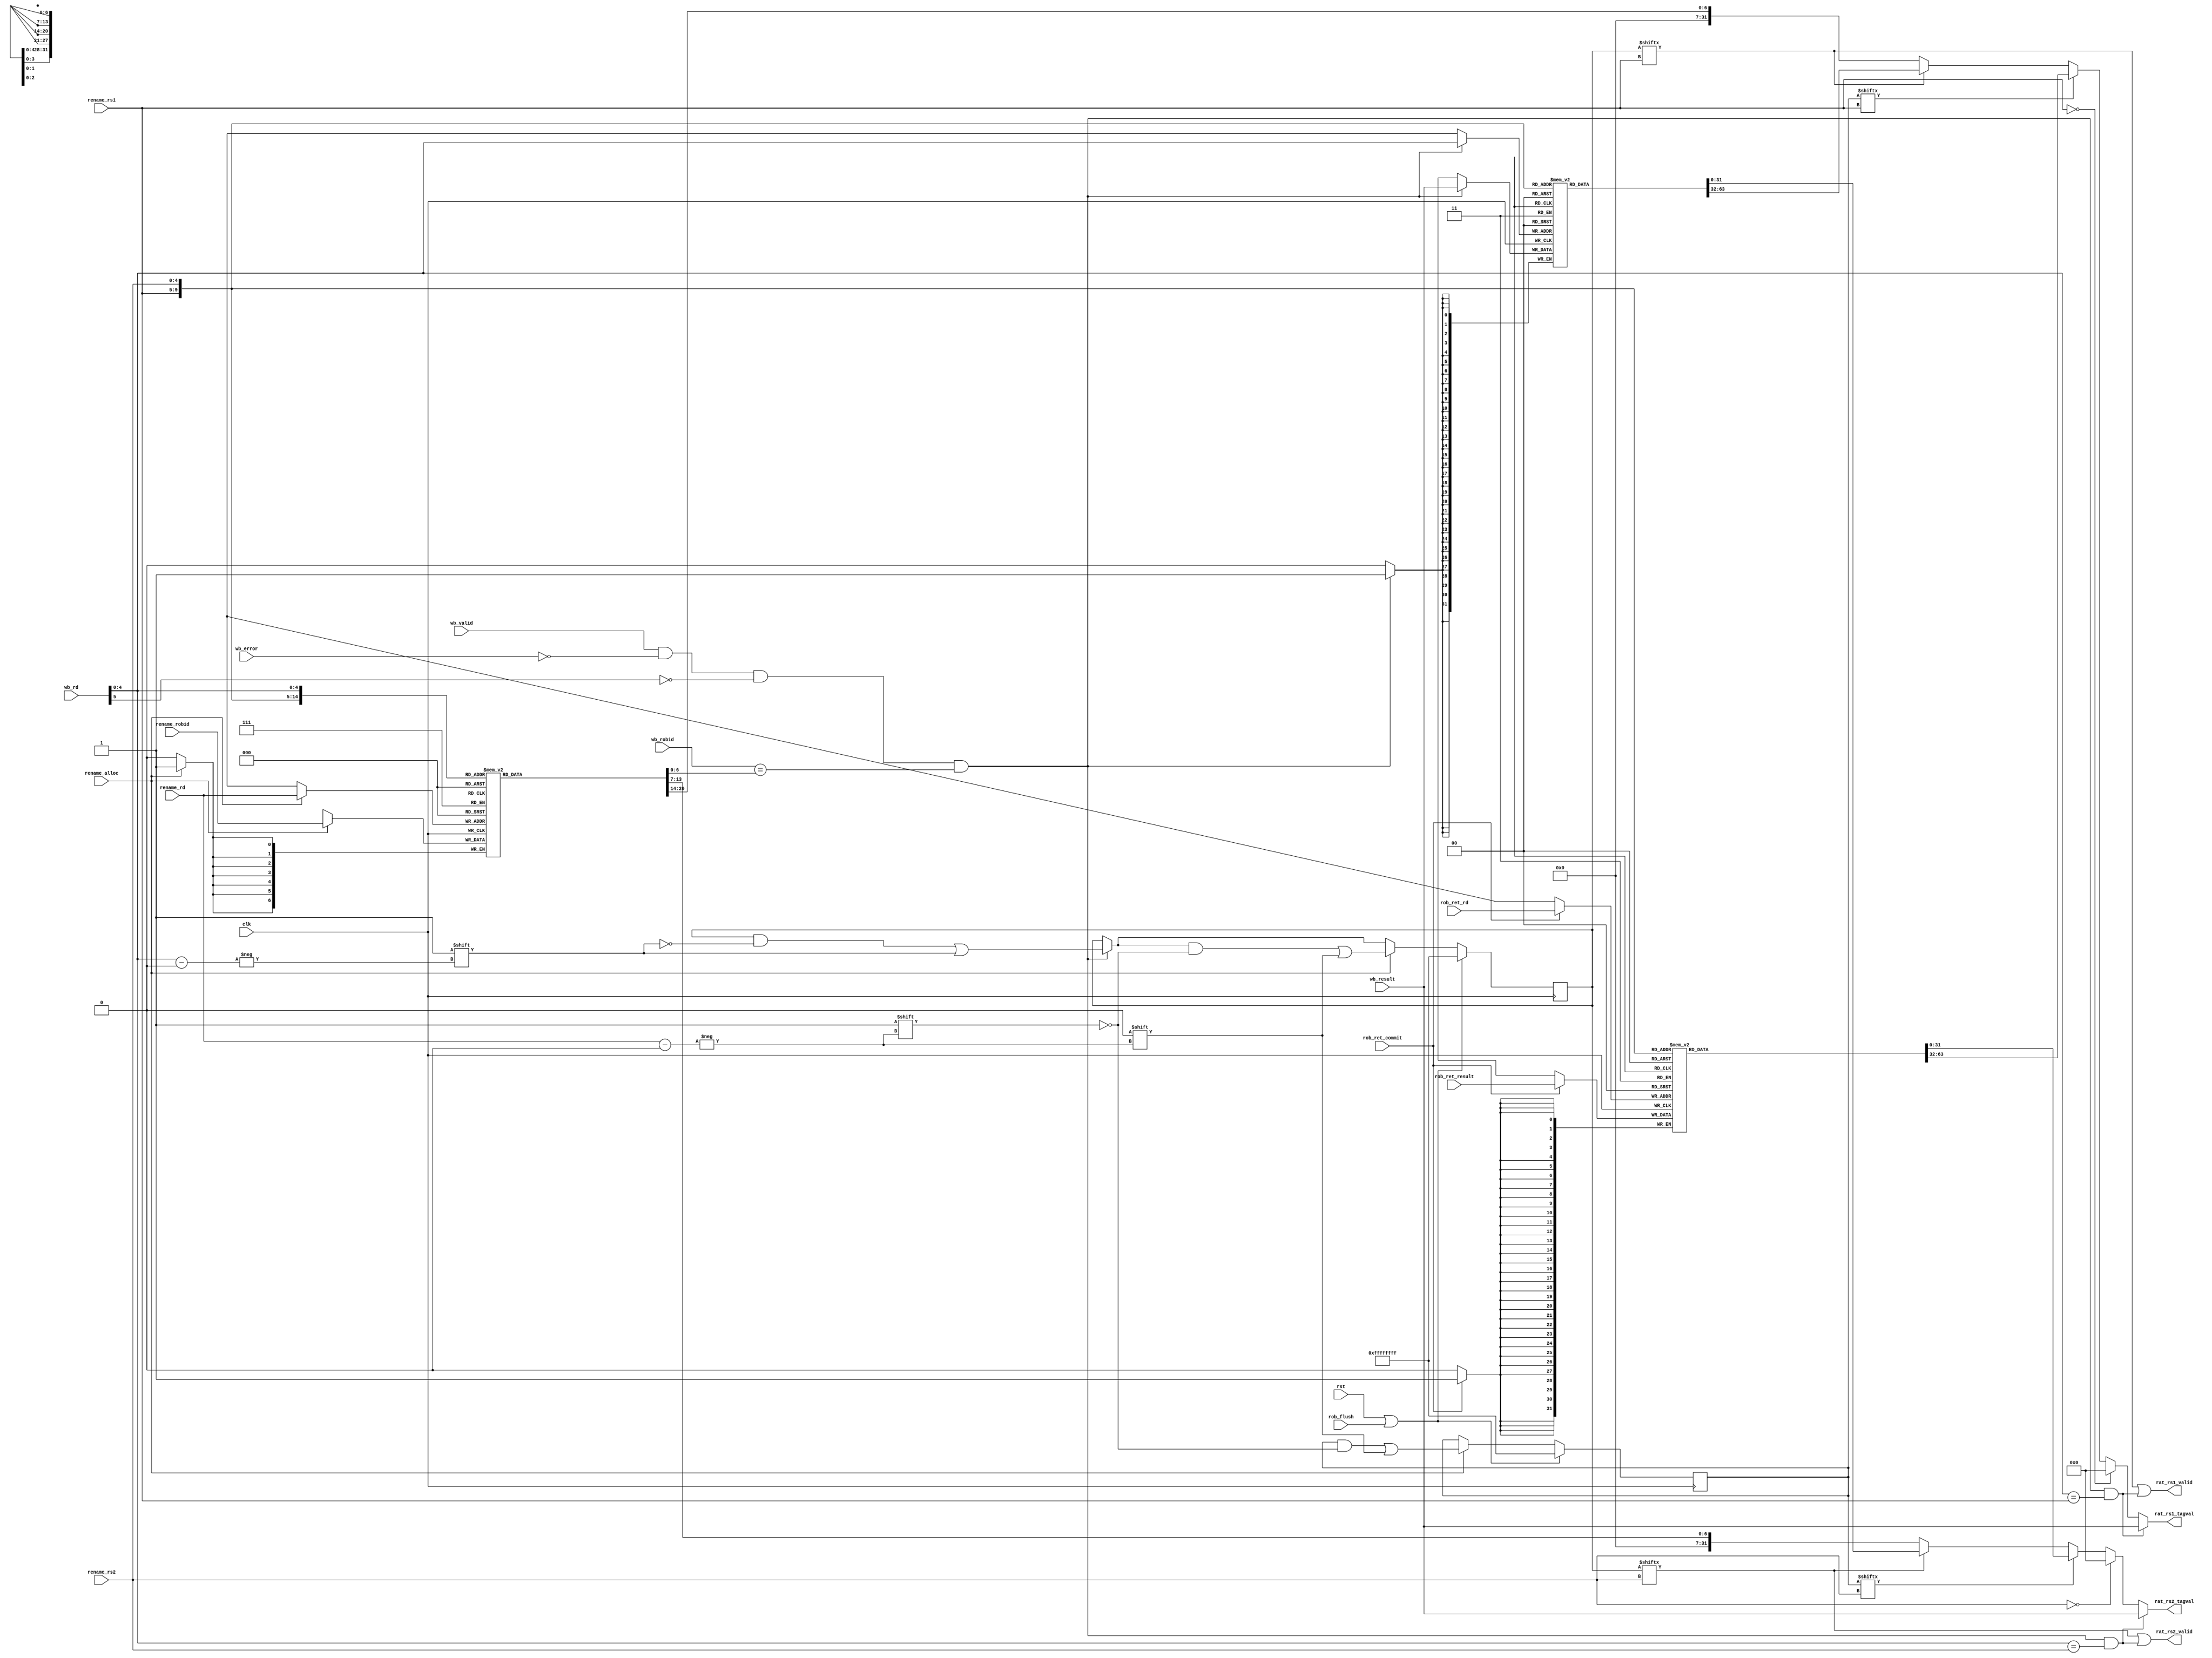
// register alias table
module rat(
  input             clk,
  input             rst,

  // rename interface
  input [4:0]       rename_rs1,
  input [4:0]       rename_rs2,
  input             rename_alloc,
  input [4:0]       rename_rd,
  input [6:0]       rename_robid,
  output            rat_rs1_valid,
  output reg [31:0] rat_rs1_tagval,
  output            rat_rs2_valid,
  output reg [31:0] rat_rs2_tagval,

  // wb interface
  input             wb_valid,
  input             wb_error,
  input [6:0]       wb_robid,
  input [5:0]       wb_rd,
  input [31:0]      wb_result,

  // rob interface
  input             rob_flush,
  input             rob_ret_commit,
  input [4:0]       rob_ret_rd,
  input [31:0]      rob_ret_result);

  reg [31:0] rat_valid;
  reg [31:0] rat_committed;
  reg [31:0] rat_comm_val [31:0];
  reg [31:0] rat_spec_val [31:0];
  reg [6:0]  rat_tag [31:0];

  reg        valid_rs1, valid_rs2;
  reg        committed_rs1, committed_rs2;
  reg [31:0] comm_val_rs1, comm_val_rs2;
  reg [31:0] spec_val_rs1, spec_val_rs2;
  reg [6:0]  tag_rs1, tag_rs2, tag_wb;

  wire wb_write;
  assign wb_write = wb_valid & ~wb_error & ~wb_rd[5] & (wb_robid == tag_wb);

  wire fwd_rs1, fwd_rs2;
  assign fwd_rs1 = wb_write & (wb_rd[4:0] == rename_rs1);
  assign fwd_rs2 = wb_write & (wb_rd[4:0] == rename_rs2);

  // flag store read
  always @(*) begin
    valid_rs1 = rat_valid[rename_rs1];
    committed_rs1 = rat_committed[rename_rs1];

    valid_rs2 = rat_valid[rename_rs2];
    committed_rs2 = rat_committed[rename_rs2];
  end
  // flag store write
  always @(posedge clk) begin
    // if wb_rd == rename_rd, clear has precedence over set
    if(wb_write)
      rat_valid[wb_rd[4:0]] <= 1;
    if(rename_alloc) begin
      rat_valid[rename_rd] <= 0;
      rat_committed[rename_rd] <= 0;
    end

    if(rst | rob_flush) begin
      rat_valid <= 32'hFFFFFFFF;
      rat_committed <= 32'hFFFFFFFF;
    end
  end

  // committed data read
  always @(*) begin
    comm_val_rs1 = rat_comm_val[rename_rs1];
    comm_val_rs2 = rat_comm_val[rename_rs2];
  end
  // committed data write
  always @(posedge clk)
    if(rob_ret_commit)
      rat_comm_val[rob_ret_rd] <= rob_ret_result;

  // speculative data read
  always @(*) begin
    spec_val_rs1 = rat_spec_val[rename_rs1];
    spec_val_rs2 = rat_spec_val[rename_rs2];
  end
  // speculative data write
  always @(posedge clk)
    if(wb_write)
      rat_spec_val[wb_rd[4:0]] <= wb_result;

  // tag store read
  always @(*) begin
    tag_rs1 = rat_tag[rename_rs1];
    tag_rs2 = rat_tag[rename_rs2];
    tag_wb = rat_tag[wb_rd[4:0]];
  end

  // tag store write
  always @(posedge clk)
    if(rename_alloc)
      rat_tag[rename_rd] <= rename_robid;

  assign rat_rs1_valid = valid_rs1 | fwd_rs1;
  assign rat_rs2_valid = valid_rs2 | fwd_rs2;

  always @(*) begin
    if(fwd_rs1)
      rat_rs1_tagval = wb_result;
    else if(rename_rs1 == 0)
      rat_rs1_tagval = 0;
    else if(committed_rs1)
      rat_rs1_tagval = comm_val_rs1;
    else if(valid_rs1)
      rat_rs1_tagval = spec_val_rs1;
    else
      rat_rs1_tagval = {25'b0,tag_rs1};

    if(fwd_rs2)
      rat_rs2_tagval = wb_result;
    else if(rename_rs2 == 0)
      rat_rs2_tagval = 0;
    else if(committed_rs2)
      rat_rs2_tagval = comm_val_rs2;
    else if(valid_rs2)
      rat_rs2_tagval = spec_val_rs2;
    else
      rat_rs2_tagval = {25'b0,tag_rs2};
  end
  
endmodule